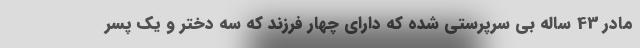
مادر 43 ساله بی سرپرستی شده که دارای چهار فرزند که سه دختر و یک پسر